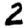
Digit: 2